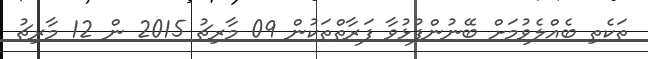
ތަކެތި ބެއްލެވުމަށް ބޭނުންފުޅުވާ ފަރާތްތަކުން 09 މާރިޗު 2015 ން 12 މާރިޗު